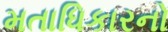
મતાધિકારનો